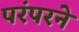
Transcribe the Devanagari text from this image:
परंपरने